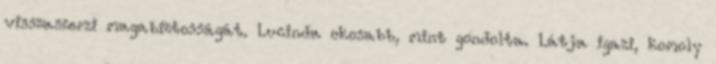
visszaszerzi magabiztosságát. Lucinda okosabb, mint gondolta. Látja igazi, komoly